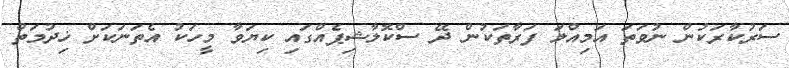
ސަރުކާރަކުން ނުވަތަ އަމިއްލަ ފަރާތަކުން ދޭ ސްކޮލާޝިޕެއްގައި ކިޔަވާ މީހަކު އެތަނަކަށް ޚިދުމަތް